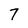
Character: 7